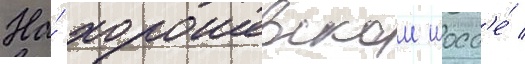
На́ хорошевском шосс'е́ /